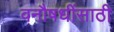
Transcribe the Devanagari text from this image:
वनौषधींसाठी